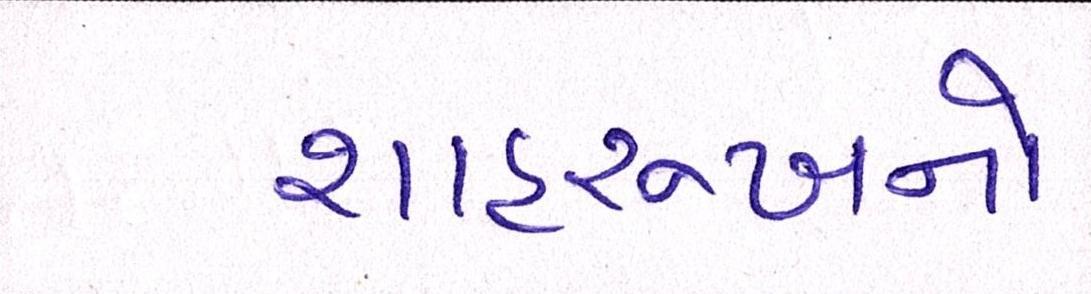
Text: શાહરુખનો